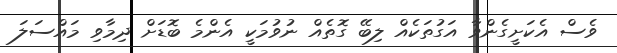
ވެސް އެކަށީގެންވާ އަގުތަކެއް ލިބޭ ގޮތެއް ނުވުމަކީ އެންމެ ބޮޑަށް ދިމާވި މައްސަލަ